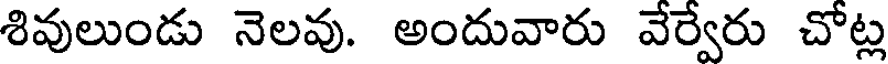
శివులుండు నెలవు. అందువారు వేర్వేరు చోట్ల